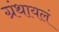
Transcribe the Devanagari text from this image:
ग्रंथायलं